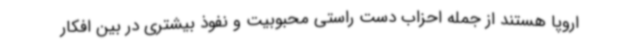
اروپا هستند از جمله احزاب دست راستی محبوبیت و نفوذ بیشتری در بین افکار